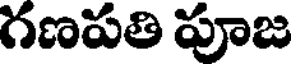
గణపతి పూజ